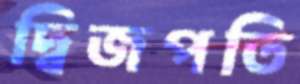
দ্বিজপতি